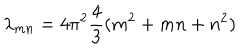
LaTeX: \lambda _ { m n } = 4 \pi ^ { 2 } { \frac { 4 } { 3 } } ( m ^ { 2 } + m n + n ^ { 2 } )